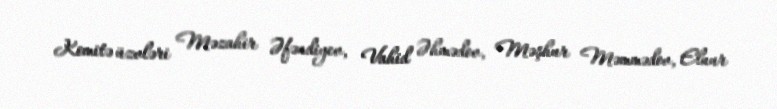
Komitə üzvləri Məzahir Əfəndiyev, Vahid Əhmədov, Məşhur Məmmədov, Elnur